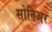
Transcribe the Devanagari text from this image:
सोनिअर